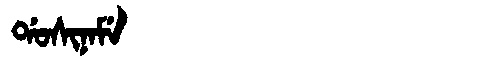
Manchu: ᡩᠣᠰᡳᠨᠠᠮᡝ
Romanization: DOSINAME